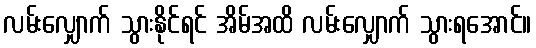
လမ်းလျှောက် သွားနိုင်ရင် အိမ်အထိ လမ်းလျှောက် သွားရအောင်။